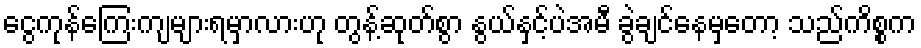
ငွေကုန်ကြေးကျများရမှာလားဟု တွန့်ဆုတ်စွာ နွယ်နှင့်ပဲအမီ ခွဲချင်နေမှတော့ သည်ကိစ္စက